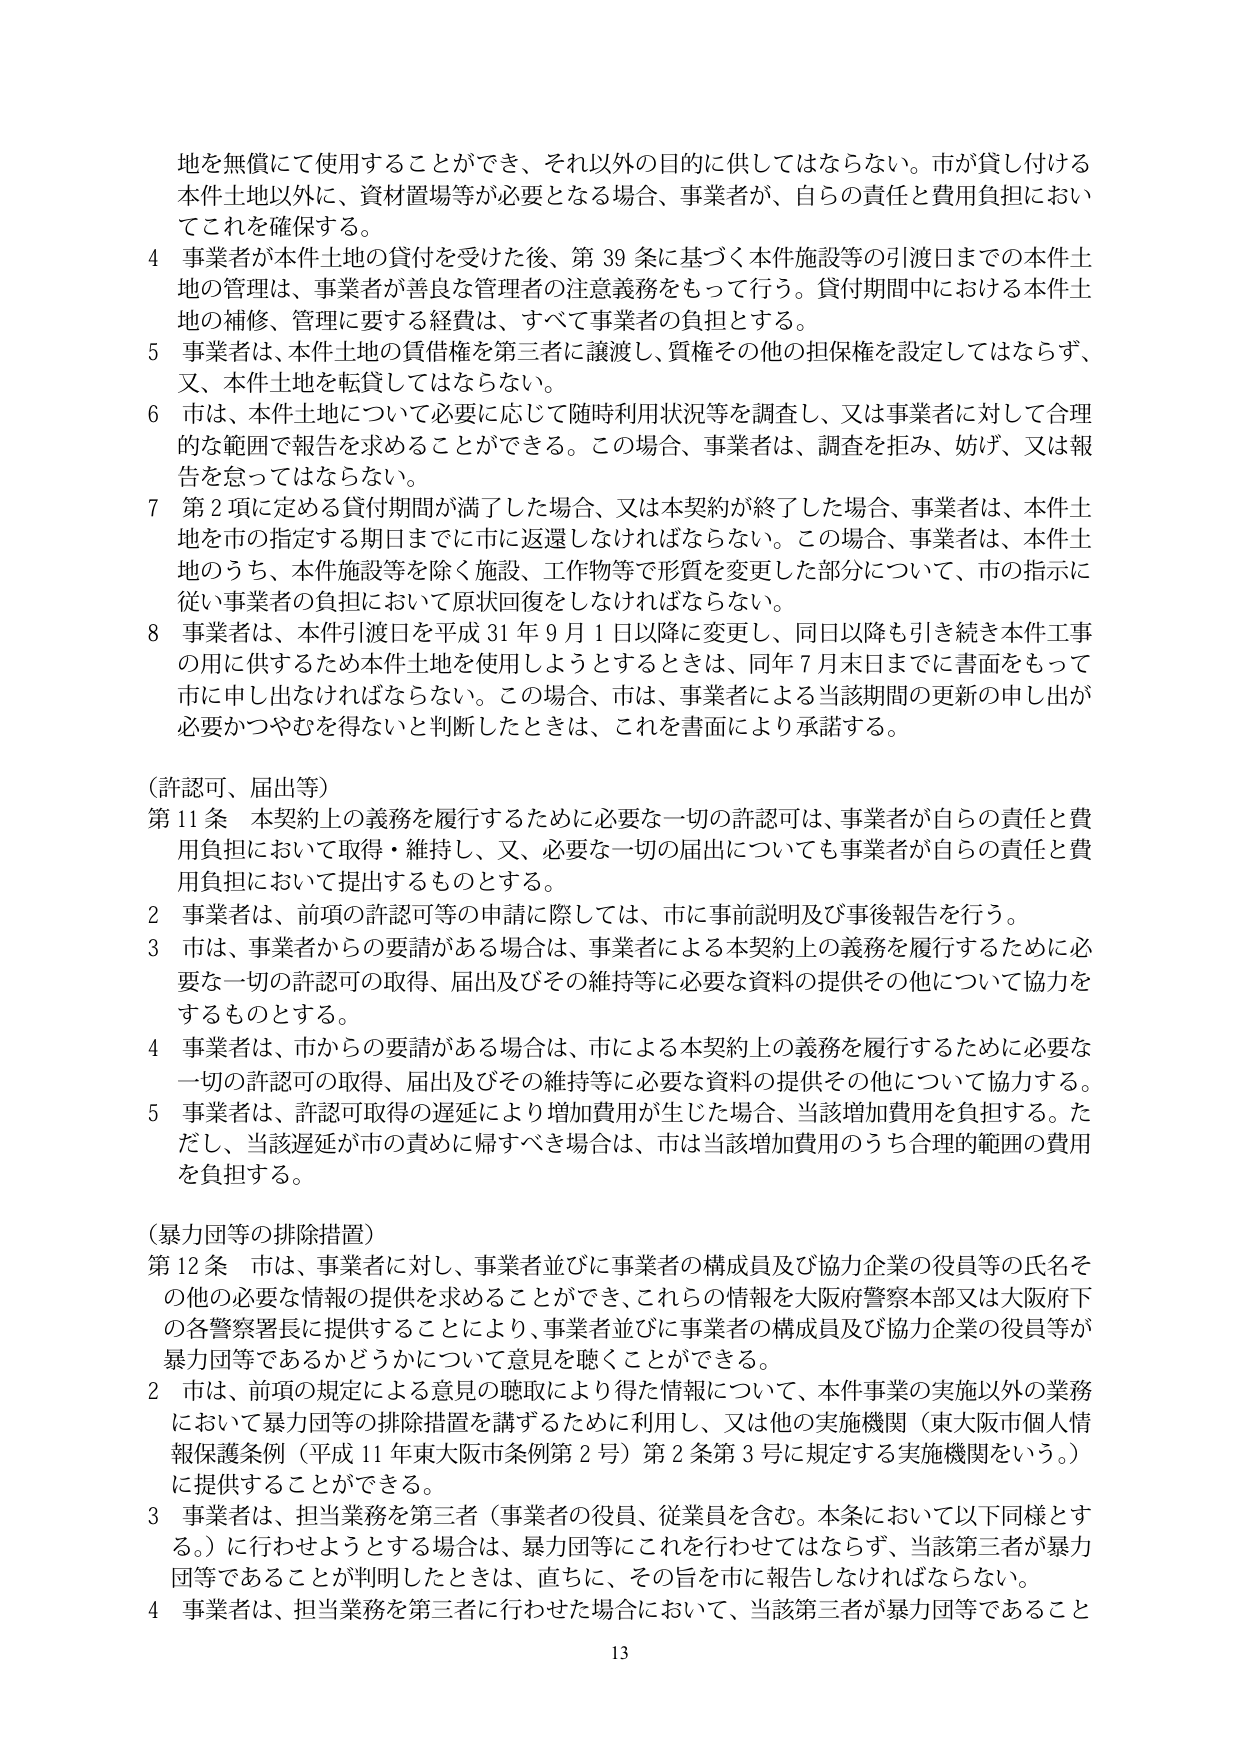
地を無償にて使用することができ、それ以外の目的に供してはならない。市が貸し付ける本件土地以外に、資材置場等が必要となる場合、事業者が、自らの責任と費用負担においてこれを確保する。

4 事業者が本件土地の貸付を受けた後、第39条に基づく本件施設等の引渡日までの本件土地の管理は、事業者が善良な管理者の注意義務をもって行う。貸付期間中における本件土地の補修、管理に要する経費は、すべて事業者の負担とする。

5 事業者は、本件土地の賃借権を第三者に譲渡し、質権その他の担保権を設定してはならず、又、本件土地を転貸してはならない。

6 市は、本件土地について必要に応じて随時利用状況等を調査し、又は事業者に対して合理的な範囲で報告を求めることができる。この場合、事業者は、調査を拒み、妨げ、又は報告を怠ってはならない。

7 第2項に定める貸付期間が満了した場合、又は本契約が終了した場合、事業者は、本件土地を市が指定する期日までに市に返還しなければならない。この場合、事業者は、本件土地のうち、本件施設等を除く施設、工作物等で形質を変更した部分について、市の指示に従い事業者の負担において原状回復をしなければならない。

8 事業者は、本件引渡日を平成31年9月1日以降に変更し、同日以降も引き続き本件工事の用に供するため本件土地を使用しようとするときは、同年7月末日までに書面をもって市に申し出なければならない。この場合、市は、事業者による当該期間の更新の申し出が必要かつやむを得ないと判断したときは、これを書面により承諾する。

（許認可、届出等）

第11条 本契約上の義務を履行するために必要な一切の許認可は、事業者が自らの責任と費用負担において取得・維持し、又、必要な一切の届出についても事業者が自らの責任と費用負担において提出するものとする。

2 事業者は、前項の許認可等の申請に際しては、市に事前説明及び事後報告を行う。

3 市は、事業者からの要請がある場合は、事業者による本契約上の義務を履行するために必要な一切の許認可の取得、届出及びその維持等に必要な資料の提供その他について協力をするものとする。

4 事業者は、市からの要請がある場合は、市による本契約上の義務を履行するために必要な一切の許認可の取得、届出及びその維持等に必要な資料の提供その他について協力する。

5 事業者は、許認可取得の遅延により増加費用が生じた場合、当該増加費用を負担する。ただし、当該遅延が市の責めに帰すべき場合は、市は当該増加費用のうち合理的範囲の費用を負担する。

（暴力団等の排除措置）

第12条 市は、事業者に対し、事業者並びに事業者の構成員及び協力企業の役員等の氏名その他の必要な情報の提供を求めることができ、これらの情報を大阪府警察本部又は大阪府下の各警察署長に提供することにより、事業者並びに事業者の構成員及び協力企業の役員等が暴力団等であるかどうかについて意見を聴くことができる。

2 市は、前項の規定による意見の聴取により得た情報について、本件事業の実施以外の業務において暴力団等の排除措置を講ずるために利用し、又は他の実施機関（東大阪市個人情報保護条例（平成11年東大阪市条例第2号）第2条第3号に規定する実施機関をいう。）に提供することができる。

3 事業者は、担当業務を第三者（事業者の役員、従業員を含む。本条において以下同様とする。）に行わせようとする場合は、暴力団等にこれを行わせてはならず、当該第三者が暴力団等であることが判明したときは、直ちに、その旨を市に報告しなければならない。

4 事業者は、担当業務を第三者に行わせた場合において、当該第三者が暴力団等であること

13